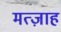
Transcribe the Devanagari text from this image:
मत्ज़ाह